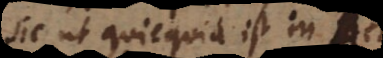
sic ut quicquid est in A